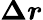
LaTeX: \boldsymbol{\Delta r}